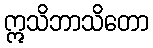
ဣသိဘာသိတော